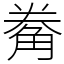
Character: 觠